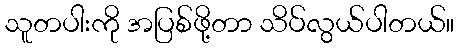
သူတပါးကို အပြစ်ဖို့တာ သိပ်လွယ်ပါတယ်။